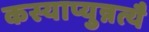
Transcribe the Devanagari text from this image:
कस्याप्युन्नत्यै